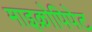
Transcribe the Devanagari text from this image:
माइक्रोपिपेट